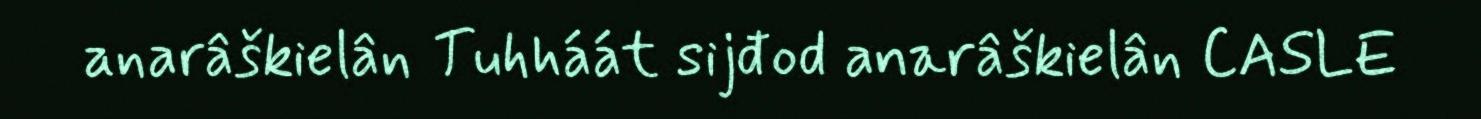
anarâškielân Tuhháát sijđod anarâškielân CASLE